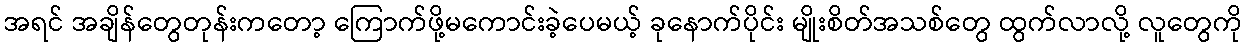
အရင် အချိန်တွေတုန်းကတော့ ကြောက်ဖို့မကောင်းခဲ့ပေမယ့် ခုနောက်ပိုင်း မျိုးစိတ်အသစ်တွေ ထွက်လာလို့ လူတွေကို